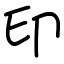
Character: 印